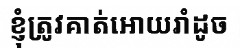
ខ្ញុំត្រូវគាត់អោយរាំដូច